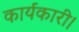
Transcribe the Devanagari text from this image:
कार्यकारी।